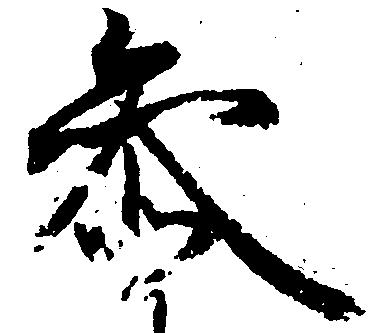
参